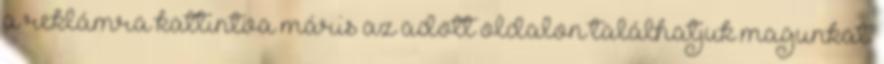
a reklámra kattintva máris az adott oldalon találhatjuk magunkat.